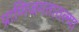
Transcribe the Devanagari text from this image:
प्राणिजगतातल्या